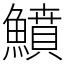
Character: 鱝